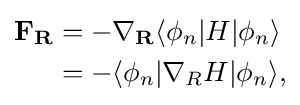
{\begin{aligned}\mathbf {F} _{\mathbf {R} }&=-\nabla _{\mathbf {R} }\langle \phi _{n}|H|\phi _{n}\rangle \\&=-\langle \phi _{n}|\nabla _{R}H|\phi _{n}\rangle ,\end{aligned}}